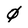
Character: 0